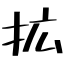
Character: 拡